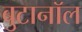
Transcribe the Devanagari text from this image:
बुटानॉल